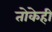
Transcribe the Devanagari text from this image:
तोकेही